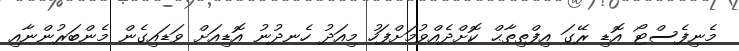
މެނިފެސްޓޯ އޮޑި ރޭގަ އިފްތިތާޙް ކޮށްދެއްވުމަށްފަހު މިއަދު ހެނދުނު އޮޑިއަށް ވަޑައިގެން މެންބަރުންނާއި